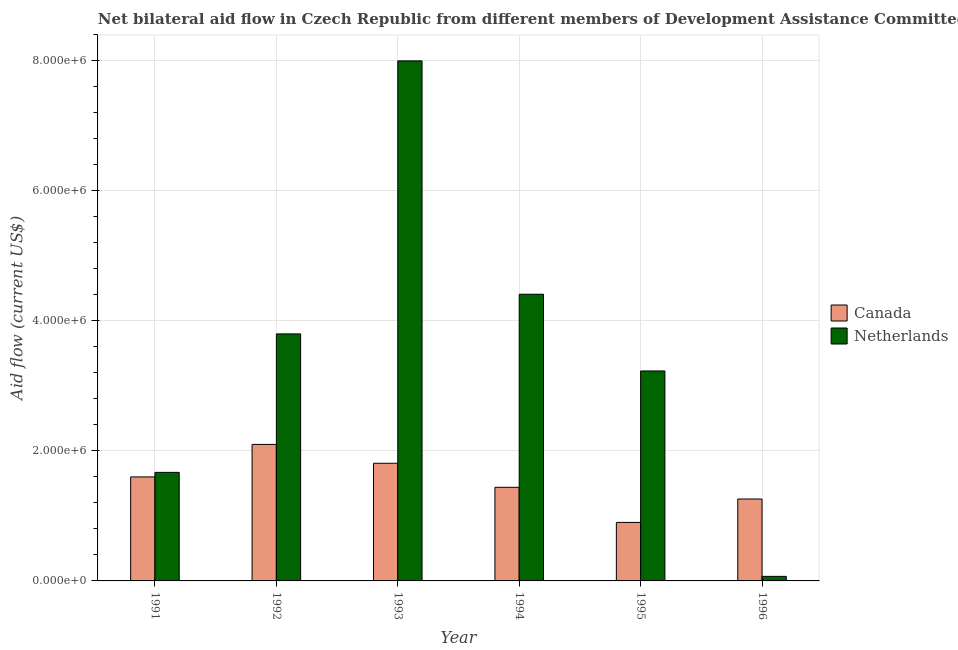
| Year | Canada | Netherlands |
 | --- | --- | --- |
 | 1991 | 1.6e+06 | 1.67e+06 |
 | 1992 | 2.1e+06 | 3.8e+06 |
 | 1993 | 1.81e+06 | 8e+06 |
 | 1994 | 1.44e+06 | 4.41e+06 |
 | 1995 | 9e+05 | 3.23e+06 |
 | 1996 | 1.26e+06 | 7e+04 |